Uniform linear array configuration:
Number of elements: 48
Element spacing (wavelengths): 1
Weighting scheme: binomial
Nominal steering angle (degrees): -30
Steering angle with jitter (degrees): -28.562
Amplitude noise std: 0.05
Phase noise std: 0.05

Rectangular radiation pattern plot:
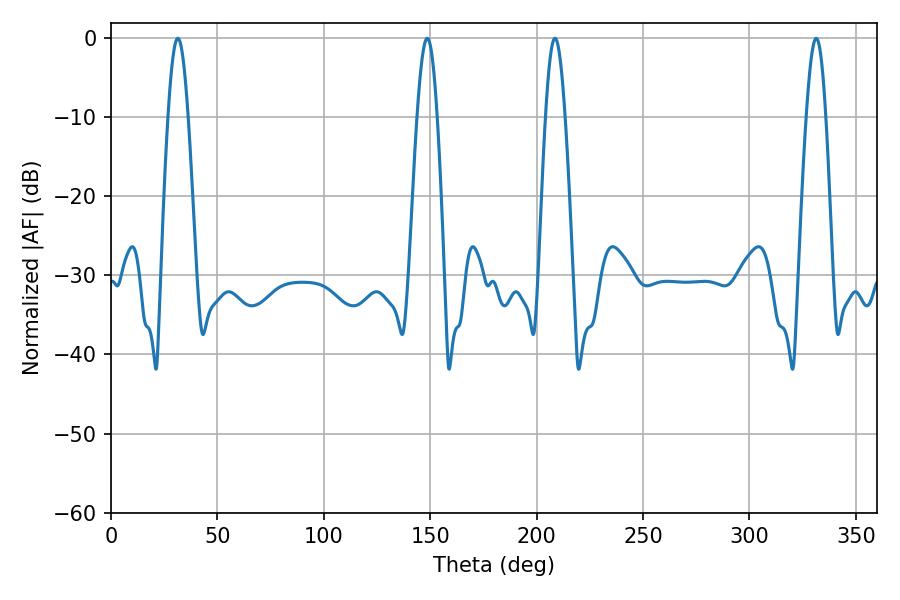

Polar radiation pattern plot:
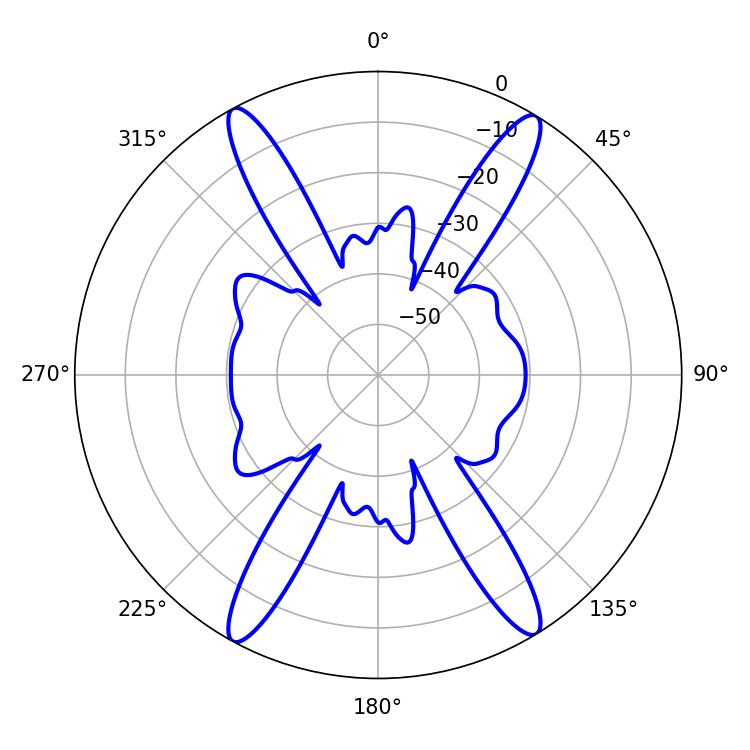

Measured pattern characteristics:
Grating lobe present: TRUE
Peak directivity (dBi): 23.011
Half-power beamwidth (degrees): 4.86
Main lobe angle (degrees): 208.62